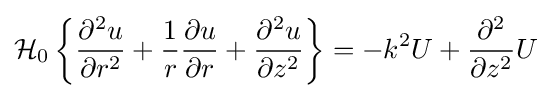
{\mathcal {H}}_{0}\left\{{\frac {\partial ^{2}u}{\partial r^{2}}}+{\frac {1}{r}}{\frac {\partial u}{\partial r}}+{\frac {\partial ^{2}u}{\partial z^{2}}}\right\}=-k^{2}U+{\frac {\partial ^{2}}{\partial z^{2}}}U